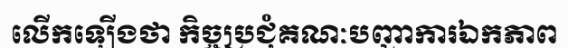
លើកឡើងថា កិច្ចប្រជុំគណៈបញ្ជាការឯកភាព